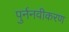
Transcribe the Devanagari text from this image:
पुर्ननवीकरण